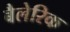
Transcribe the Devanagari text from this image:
बैलेरिक